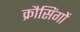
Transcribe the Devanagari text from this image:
क्रौसिंगों